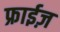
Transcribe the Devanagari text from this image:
फ्राईज़